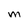
Character: m